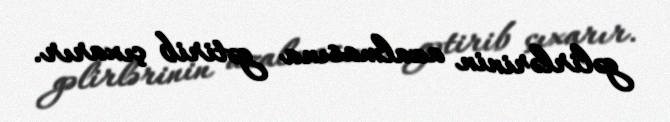
gəlirlərinin azalmasına gətirib çıxarır.